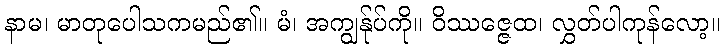
နာမ၊ မာတုပေါသကမည်၏။ မံ၊ အကျွန်ုပ်ကို။ ဝိဿဇ္ဇေထ၊ လွှတ်ပါကုန်လော့။